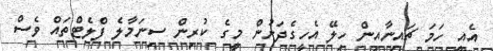
އެއީ ހަމަ ޗައިނާއިން ހިލޭ އެހީގެދަށުން މީގެ ކުރިން ސިނަމާލެ ފްލެޓްތައް ވެސް